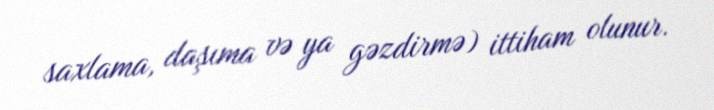
saxlama, daşıma və ya gəzdirmə) ittiham olunur.